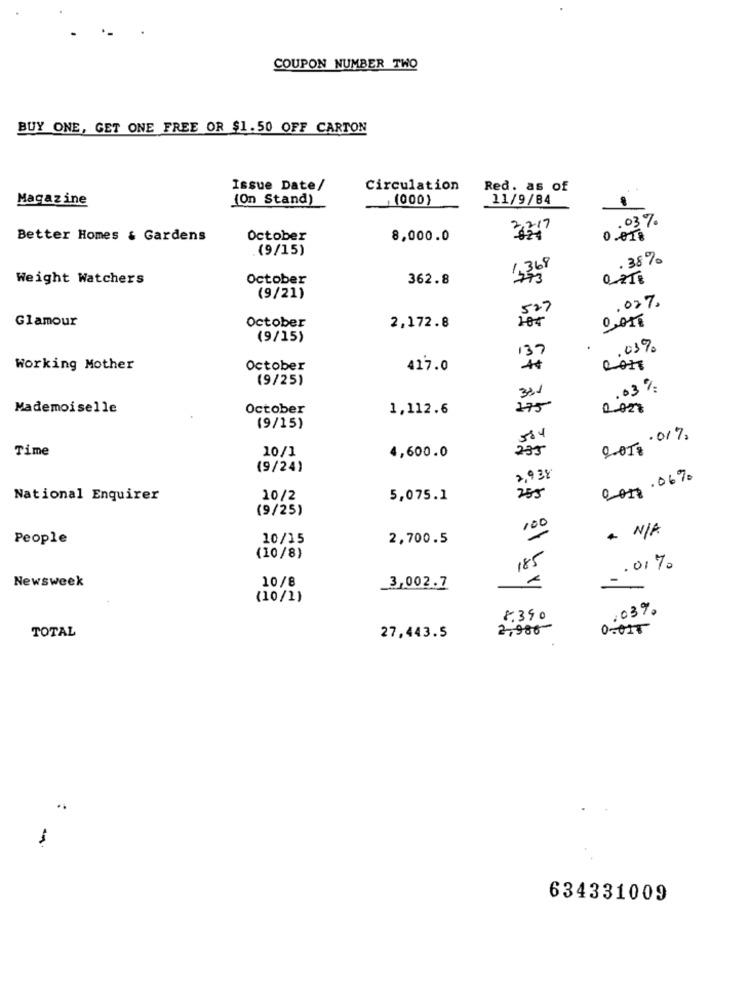
COUPON NUMBER TWO
BUY ONE, GET ONE FREE OR $1.50 OFF CARTON
Issue Date/
Circulation
Red. as of
Magazine
(On Stand)
(000)
11/9/84
.03%
23:17
Better Homes & Gardens
October
8,000.0
0
(9/15)
. 38%
1,368
Weight Watchers
October
362.8
773
0
(9/21)
.027.
527
Glamour
October
0
2,172.8
(9/15)
.03%
137
0
Working Mother
October
417.0
(9/25)
331
.03%
Mademoiselle
October
1,112.6
175
(9/15)
584
2010 .017,
Time
10/1
235
4,600.0
(9/24)
2,934
cor3.06%
National Enquirer
10/2
5,075.1
255
(9/25)
100
+ N/A
People
10/15
2,700.5
(10/8)
185
.01%
Newsweek
10/8
3,002.7
(10/1)
103%
8.340
2,986
0-015
TOTAL
27,443.5
634331009